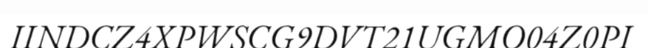
IINDCZ4XPWSCG9DVT21UGMO04Z0PI